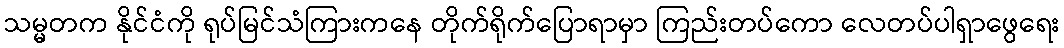
သမ္မတက နိုင်ငံကို ရုပ်မြင်သံကြားကနေ တိုက်ရိုက်ပြောရာမှာ ကြည်းတပ်ကော လေတပ်ပါရှာဖွေရေး